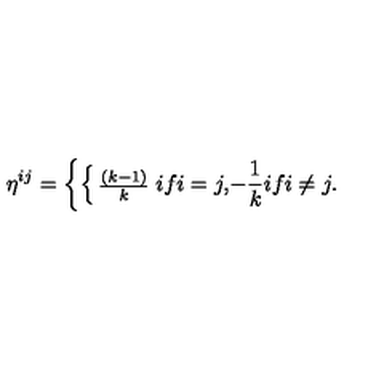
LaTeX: \eta ^ { i j } = \left\{ \begin{cases} { { \frac { ( k - 1 ) } { k } } } & { i f i = j , } \\ { { - { \frac { 1 } { k } } } } & { i f i \not = j . } \\ \end{cases} \right.